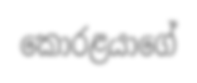
කොරළයාගේ